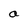
Character: a